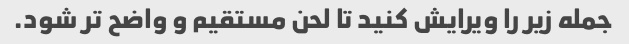
جمله زیر را ویرایش کنید تا لحن مستقیم و واضح تر شود.